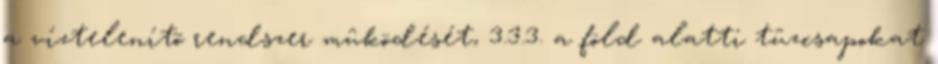
a víztelenítõ rendszer mûködését, 3.3.3. a föld alatti tûzcsapokat